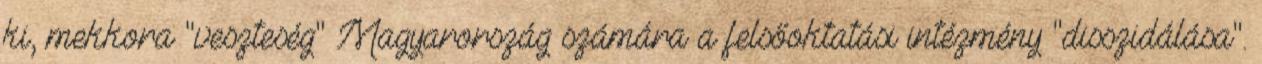
ki, mekkora "veszteség" Magyarország számára a felsőoktatási intézmény "disszidálása".